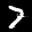
Label: 7